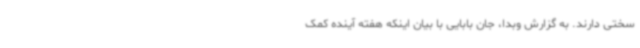
سختی دارند. به گزارش وبدا، جان بابایی با بیان اینکه هفته آینده کمک